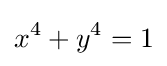
x^{4}+y^{4}=1